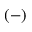
( - )